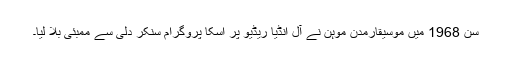
سنْ 1968 میں موسیقارمدن موہن نے آل اِنْڈِیا ریڈِیو پر اُسکا پروگرام سُنکر دِلّی سے ممبئی بُلا لِیا۔